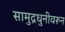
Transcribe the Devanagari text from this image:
सामुद्रधुनीवरून